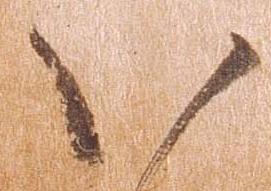
い